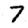
Digit: 7